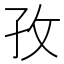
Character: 孜